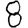
Digit: 8